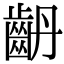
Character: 𪗤